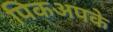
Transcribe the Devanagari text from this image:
पिकअपके